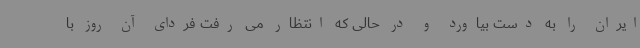
ایران را به دست بیاورد و در حالی که انتظار می رفت فردای آن روز با